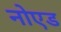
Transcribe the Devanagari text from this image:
नोएड